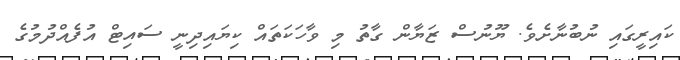
ކައިރީގައި ނުބުނާށެވެ. ޔޫނުސް ޒަޔާން ގާތު މި ވާހަކަތައް ކިޔައިދިނީ ސައިޓް އުފެއްދުމުގެ